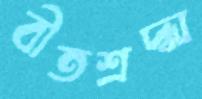
বীতশ্রদ্ধা